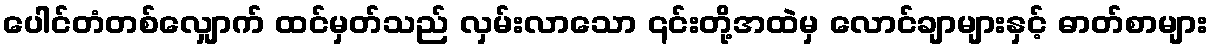
ပေါင်တံတစ်လျှောက် ထင်မှတ်သည် လှမ်းလာသော ၎င်းတို့အထဲမှ လောင်ချာများနှင့် ဓာတ်စာများ